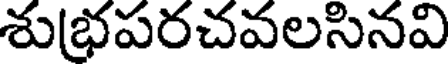
శుభపరచవలసినవి